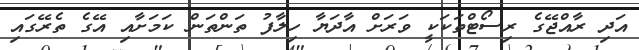
އަދި ރާއްޖޭގެ ރިސޯޓްތަކަކީ ވަރަށް އާދަޔާ ހިލާފު ތަންތަން ކަމަށާއި އޭގެ ތެރޭގައި